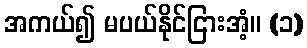
အကယ်၍ မပယ်နိုင်ငြားအံ့။ (၁)